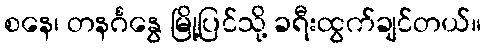
စနေ၊ တနင်္ဂနွေ မြို့ပြင်သို့ ခရီးထွက်ချင်တယ်။